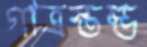
গাত্রস্তম্ভ